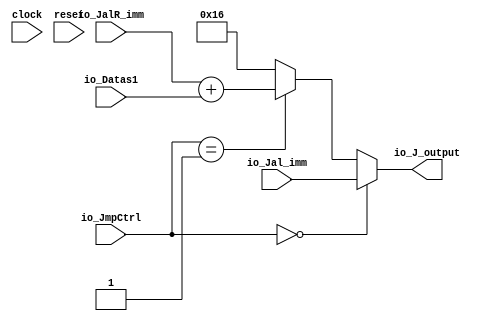
module Jump(
  input         clock,
  input         reset,
  input  [31:0] io_Jal_imm,
  input  [31:0] io_JalR_imm,
  input  [31:0] io_Datas1,
  input  [1:0]  io_JmpCtrl,
  output [31:0] io_J_output
);
  wire [31:0] _io_J_output_T_2 = $signed(io_JalR_imm) + $signed(io_Datas1); // @[Jump.scala 20:36]
  wire [31:0] _GEN_0 = io_JmpCtrl == 2'h1 ? $signed(_io_J_output_T_2) : $signed(32'sh16); // @[Jump.scala 19:39 20:21 22:28]
  assign io_J_output = io_JmpCtrl == 2'h0 ? $signed(io_Jal_imm) : $signed(_GEN_0); // @[Jump.scala 17:34 18:21]
endmodule